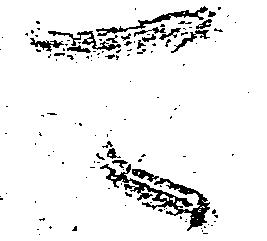
可